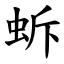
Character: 蚸